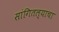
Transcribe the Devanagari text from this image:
सांगितल्याचा